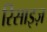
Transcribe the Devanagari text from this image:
रिसाइज़